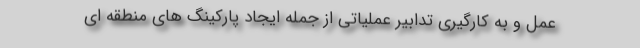
عمل و به کارگیری تدابیر عملیاتی از جمله ایجاد پارکینگ های منطقه ای